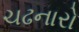
ચઢનારો